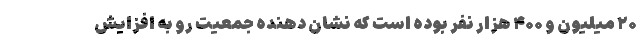
۲۰ میلیون و ۴۰۰ هزار نفر بوده است که نشان دهنده جمعیت رو به افزایش